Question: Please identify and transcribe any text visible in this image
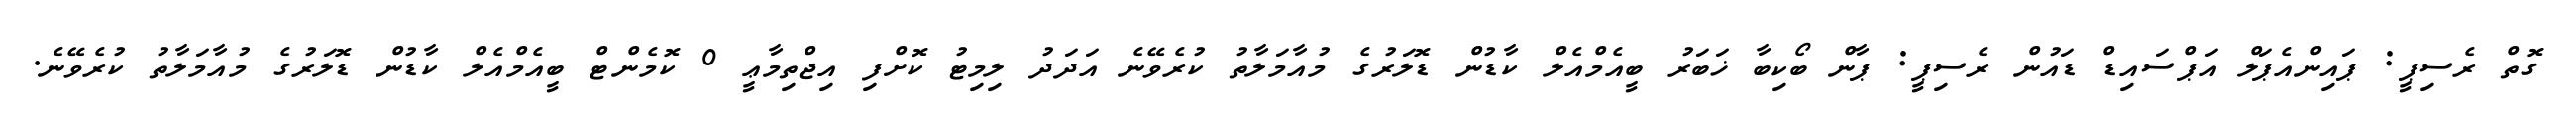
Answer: ގޮތް ރެސިޕީ: ޕައިންއެޕަލް އަޕްސައިޑް ޑައުން ރެސިޕީ: ޕާން ބޯކިބާ ޚަބަރު ބީއެމްއެލް ކާޑުން ޑޮލަރުގެ މުއާމަލާތު ކުރެވޭނެ އަދަދު ލިމިޓު ކޮށްފި އިޖްތިމާޢީ 0 ކޮމެންޓް ބީއެމްއެލް ކާޑުން ޑޮލަރުގެ މުއާމަލާތު ކުރެވޭނެ.